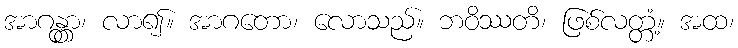
အာဂန္တွာ၊ လာ၍။ အာဂတော၊ လောသည်။ ဘဝိဿတိ၊ ဖြစ်လတ္တံ့။ အထ၊